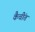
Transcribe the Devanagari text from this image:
कैचींत